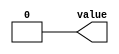
module driver1 (
    output reg value
);
    always begin
        // Example logic for driver 1
        value = 1'b1; // Driver 1 drives high
        #10;          // Wait for 10 time units
        value = 1'b0; // Driver 1 drives low
        #10;
    end
endmodule